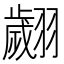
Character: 翽